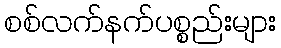
စစ်လက်နက်ပစ္စည်းများ